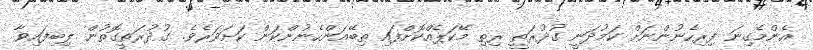
އެންމެގިނަ ފިރިހެނުންނަށް ކަމުދަނީ ގުދުރަތީ ރިތި މޭކަޕެއްކޮށްފައި ތިބޭއަންހެނުންކަން ކަށަވަރެވެ. ގުދުރަތީގޮތުން ލިބިފައިވާ